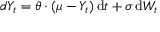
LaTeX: d Y _ { t } = \theta \cdot ( \mu - Y _ { t } ) \, { \mathrm { d } } t + \sigma \, { \mathrm { d } } W _ { t }